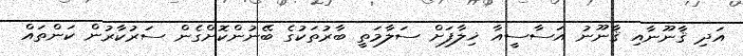
އަދި ޤާނޫނާއި ޤާނޫނު އަސާސީއާ ޚިލާފަށް ސަލާމަތީ ބާރުތަކުގެ ބޭނުންކޮށްގެން ސަރުކާރުން ކަންތައް